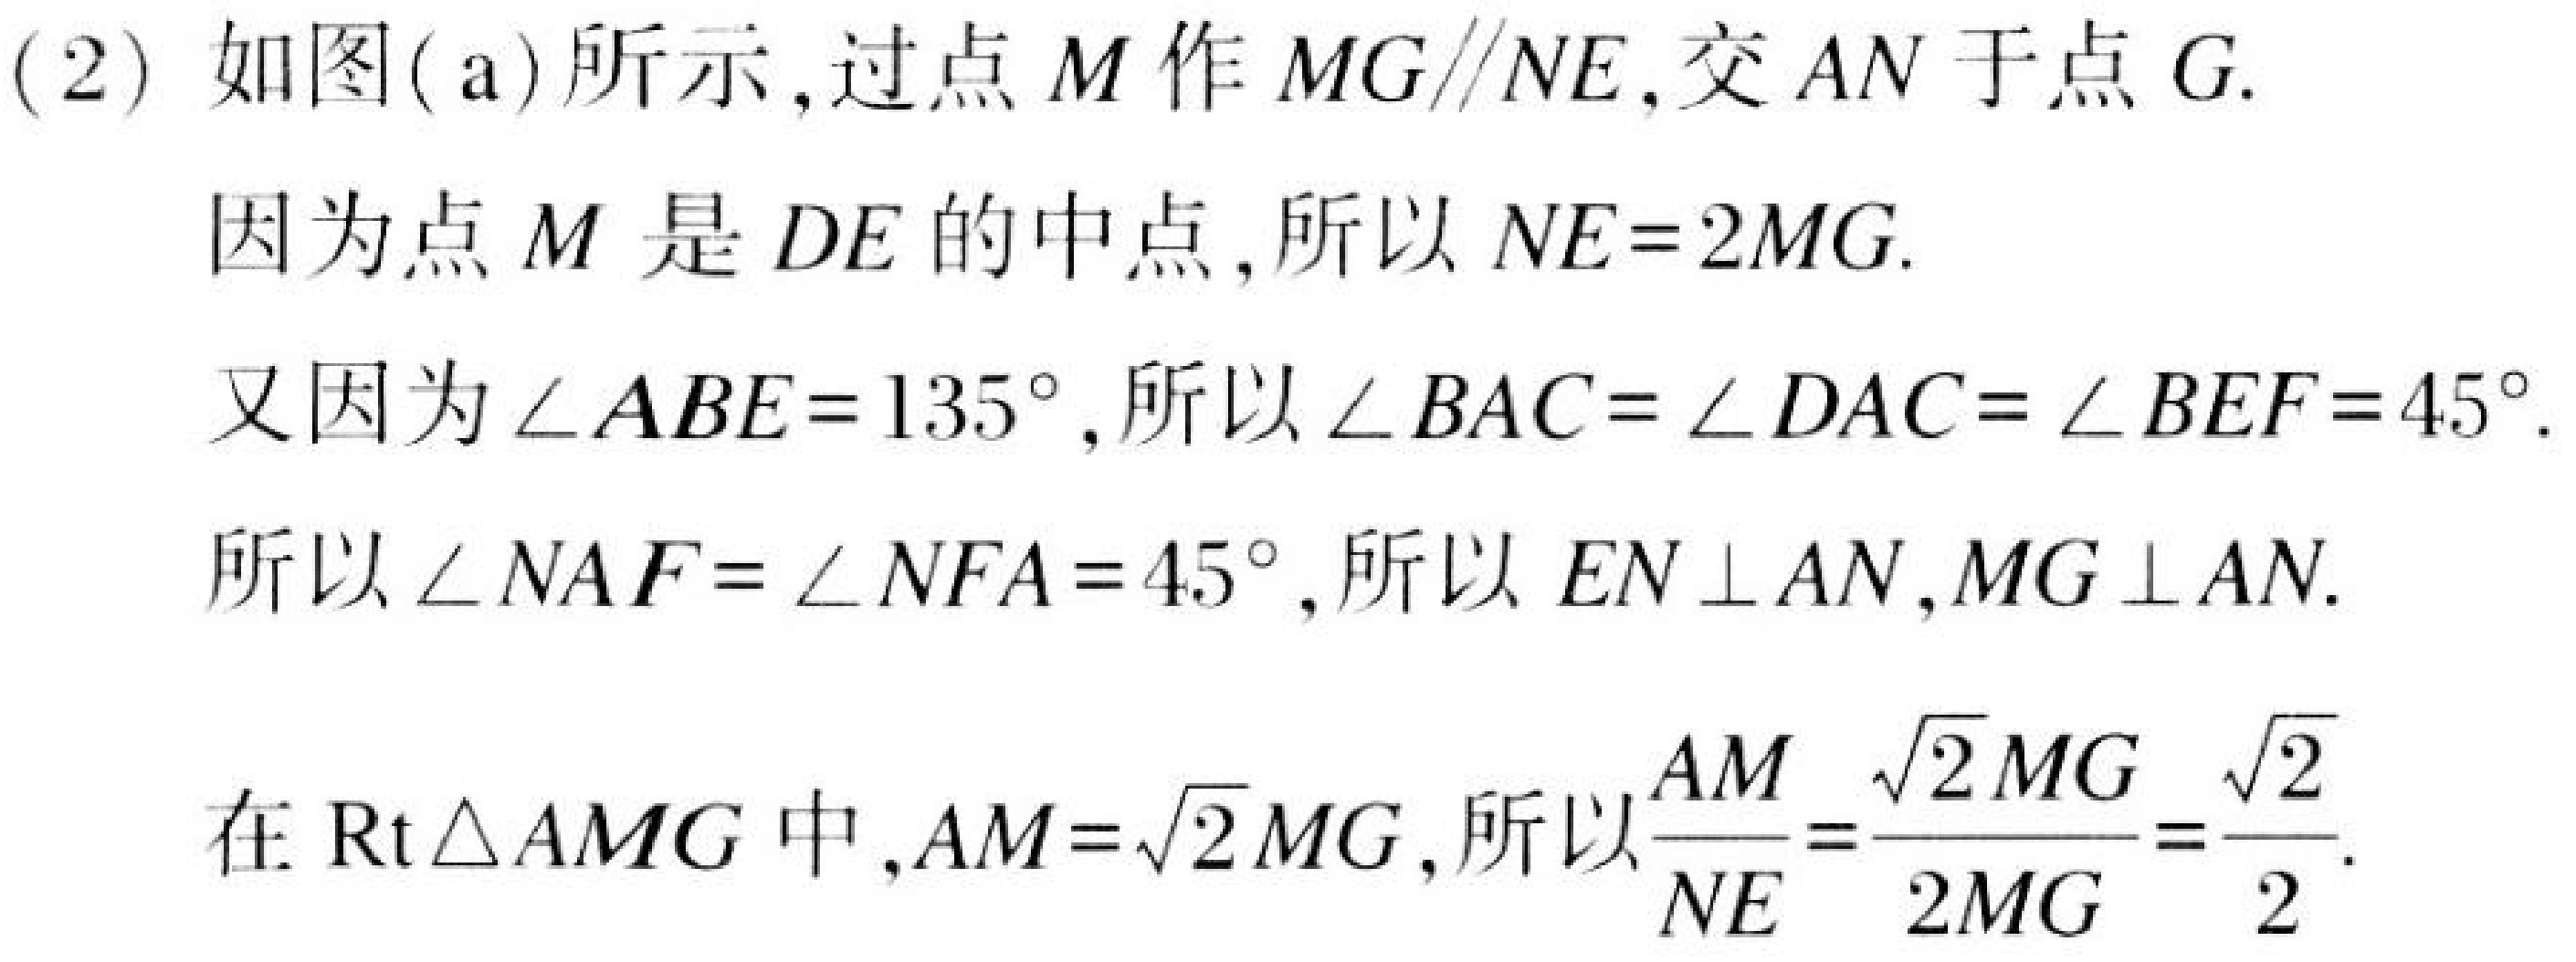
(2) 如图(a)所示，过点\(M\)作\(MG\parallel NE\)，交\(AN\)于点\(G\).
因为点\(M\)是\(DE\)的中点，所以\(NE = 2MG\).
又因为\(\angle ABE = 135^{\circ}\)，所以\(\angle BAC=\angle DAC=\angle BEF = 45^{\circ}\).
所以\(\angle NAF=\angle NFA = 45^{\circ}\)，所以\(EN\perp AN\)，\(MG\perp AN\).
在\(\text{Rt}\triangle AMG\)中，\(AM = \sqrt{2}MG\)，所以\(\frac{AM}{NE}=\frac{\sqrt{2}MG}{2MG}=\frac{\sqrt{2}}{2}\).